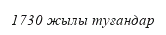
1730 жылы туғандар